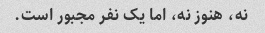
نه، هنوز نه، اما یک نفر مجبور است.